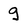
Character: g